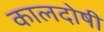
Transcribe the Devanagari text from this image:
कालदोषी